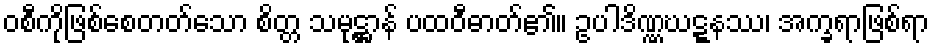
ဝစီကိုဖြစ်စေတတ်သော စိတ္တ သမုဋ္ဌာန် ပထဝီဓာတ်၏။ ဥပါဒိဏ္ဏဃဋ္ဋနဿ၊ အက္ခရာဖြစ်ရာ